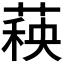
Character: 𬝣